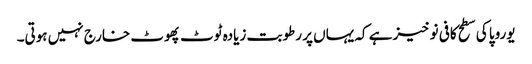
یوروپا کی سطح کافی نوخیز ہے کہ یہاں پر رطوبت زیادہ ٹوٹ پھوٹ خارج نہیں ہوتی۔